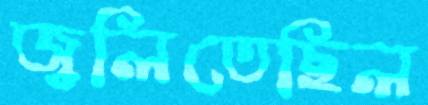
জ্বলিতেছিল